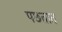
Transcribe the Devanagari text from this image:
पछतात